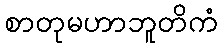
စာတုမဟာဘူတိကံ